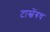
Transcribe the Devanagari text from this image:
टास्चेंबच